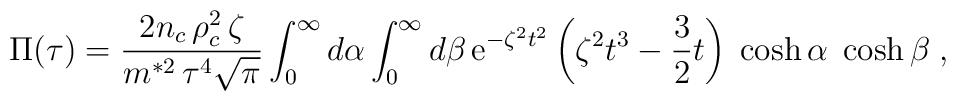
\Pi (\tau )=  \frac{2n_{c}\,\rho _{c}^{2}\,\zeta}{m^{*2}\,\tau ^{4}\sqrt{\pi}}  \int_{0}^{\infty}d\alpha\int_{0}^{\infty}d\beta \,  {\rm e}^{-\zeta ^{2}{t^2}}  \left(        \zeta ^{2}t^{3}-\frac{3}{2}t  \right)\;        \cosh\alpha\;\cosh\beta \; ,